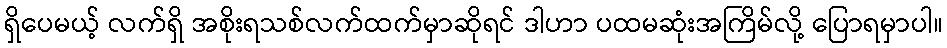
ရှိပေမယ့် လက်ရှိ အစိုးရသစ်လက်ထက်မှာဆိုရင် ဒါဟာ ပထမဆုံးအကြိမ်လို့ ပြောရမှာပါ။